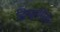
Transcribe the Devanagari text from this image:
झिप्रासिडोन